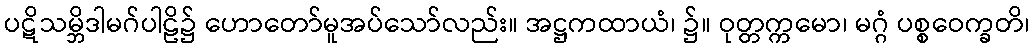
ပဋိသမ္ဘိဒါမဂ်ပါဠိ၌ ဟောတော်မူအပ်သော်လည်း။ အဋ္ဌကထာယံ၊ ၌။ ဝုတ္တက္ကမော၊ မဂ္ဂံ ပစ္စဝေက္ခတိ၊